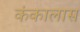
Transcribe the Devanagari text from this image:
कंकालास